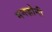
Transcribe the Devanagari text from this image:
मनज़ोनी